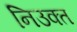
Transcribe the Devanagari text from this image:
निउक्त